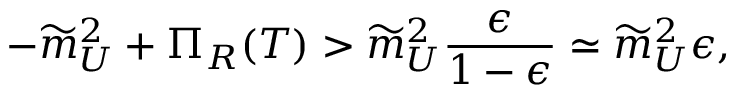
- \widetilde { m } _ { U } ^ { 2 } + \Pi _ { R } ( T ) > \widetilde { m } _ { U } ^ { 2 } \frac { \epsilon } { 1 - \epsilon } \simeq \widetilde { m } _ { U } ^ { 2 } \epsilon ,